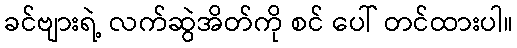
ခင်ဗျားရဲ့ လက်ဆွဲအိတ်ကို စင် ပေါ် တင်ထားပါ။